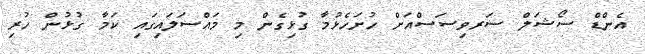
އެންޑް ސޯޝަލް ސަރވިސަސްއަށް ހުށަހެޅުމާ ގުޅިގެން މި މައްސަލައިގައި ކަމާ ގުޅުން ހުރި